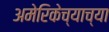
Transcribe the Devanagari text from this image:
अमेरिकेच्याच्या